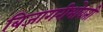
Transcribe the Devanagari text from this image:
बिजागरीभोवती